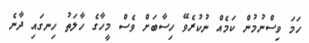
ހަމަ ވިސްނުމުން ކަމެއް ނުކުރެވޭ ހިސާބަށް ވެސް މީހާގެ ހާލަތު ހިނގައި ދާނެ